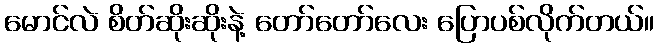
မောင်လဲ စိတ်ဆိုးဆိုးနဲ့ တော်တော်လေး ပြောပစ်လိုက်တယ်။